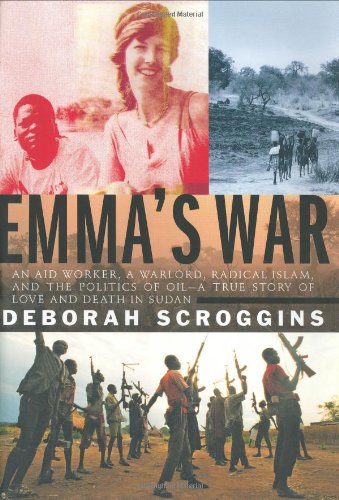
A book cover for Emma's War: An aid worker, a warlord, radical Islam, and the politics of oil--a true story of love and death in Sudan; Deborah Scroggins; History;